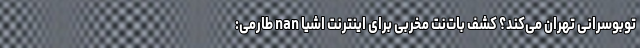
توبوسرانی تهران می‌کند؟ کشف بات‌نت مخربی برای اینترنت اشیا nan طارمی: